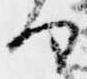
る